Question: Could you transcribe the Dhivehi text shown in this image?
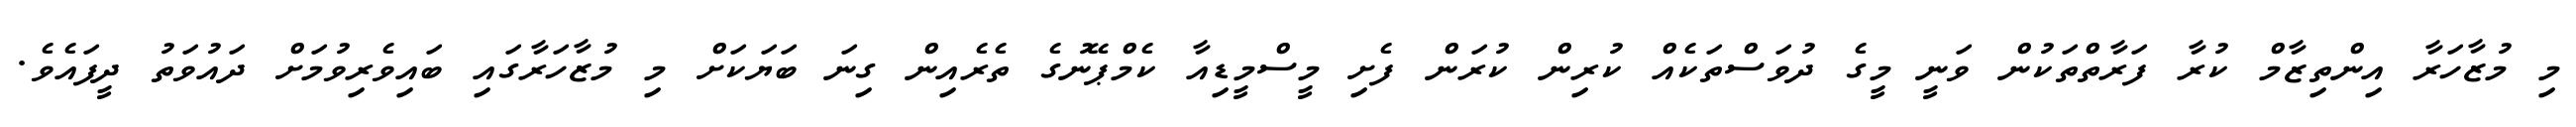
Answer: މި މުޒާހަރާ އިންތިޒާމް ކުރާ ފަރާތްތަކުން ވަނީ މީގެ ދުވަސްތަކެއް ކުރިން ކުރަން ފެށި މީސްމީޑިއާ ކެމްޕޭނުގެ ތެރެއިން ގިނަ ބަޔަކަށް މި މުޒާހަރާގައި ބައިވެރިވުމަށް ދައުވަތު ދީފައެވެ.